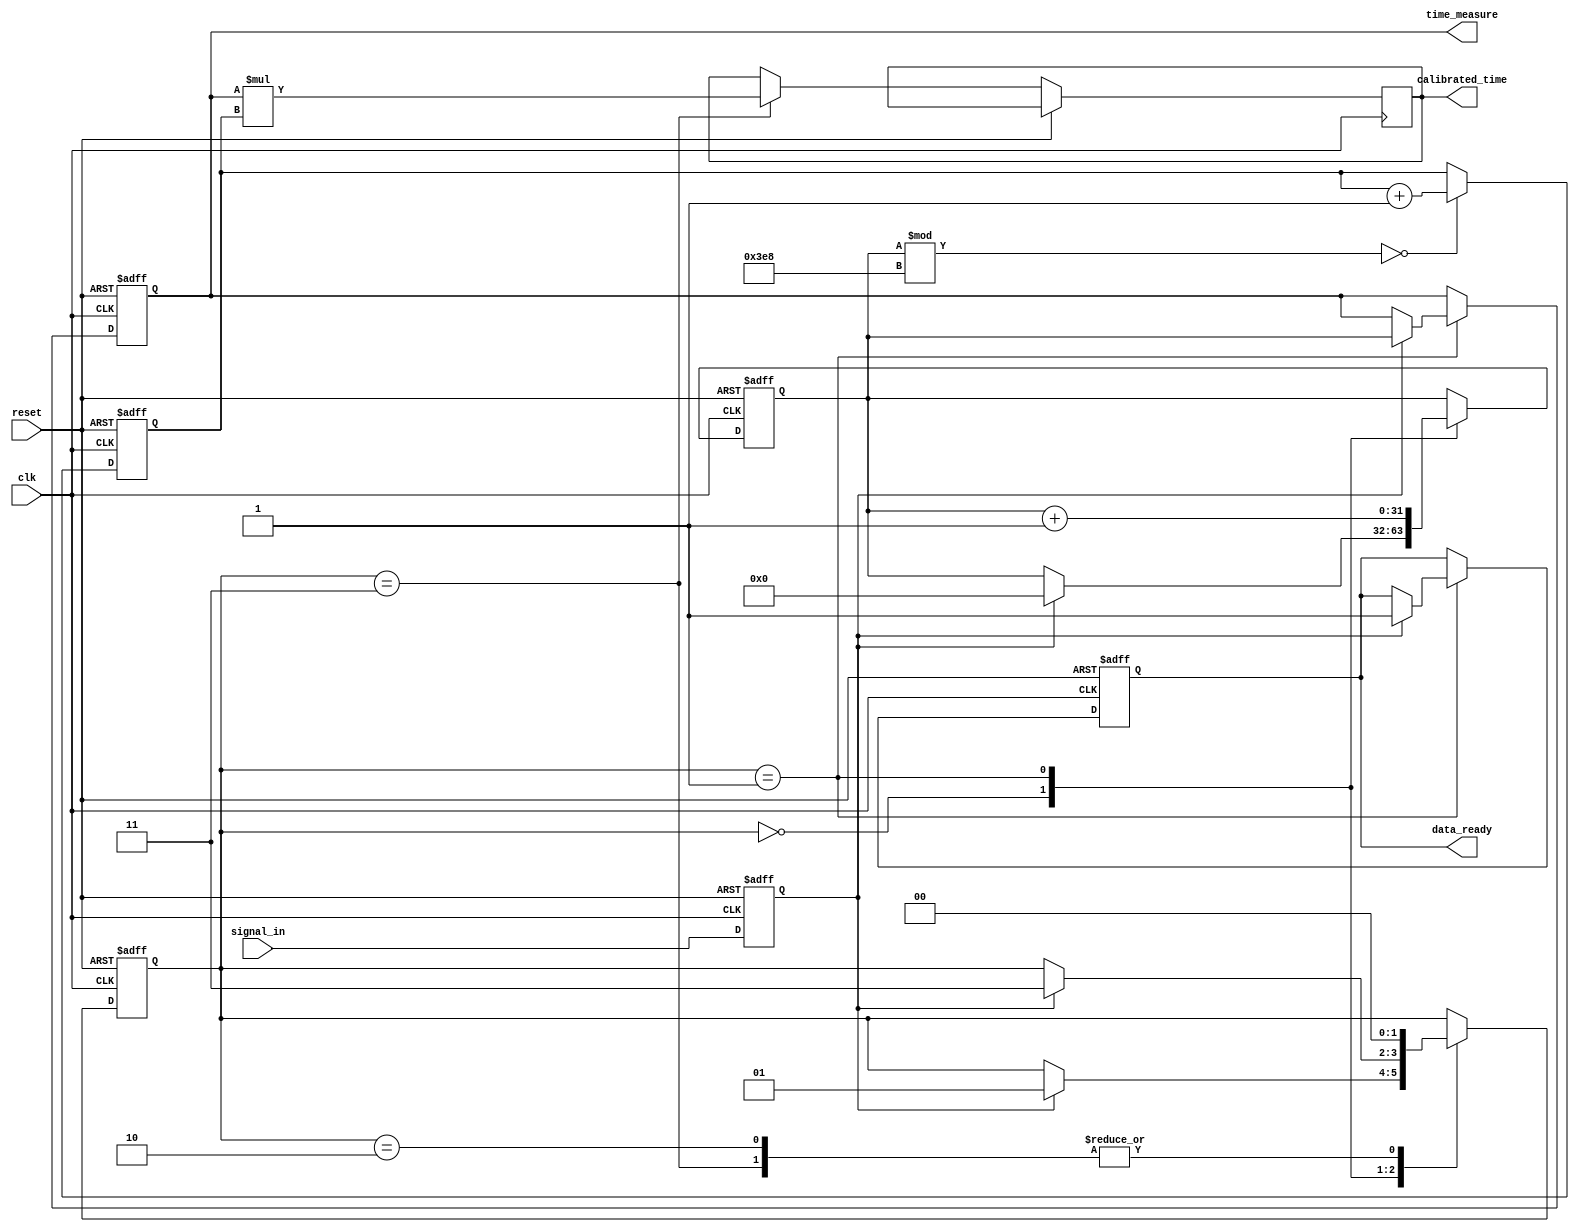
module TDC (
    input wire clk,                // System clock
    input wire reset,              // Reset signal
    input wire signal_in,          // Input signal for time measurement
    output reg [31:0] time_measure, // Measured time interval
    output reg [31:0] calibrated_time, // Calibrated time output
    output reg data_ready          // Data ready signal
);

// Parameters
parameter CLOCK_FREQ = 100_000_000; // Example clock frequency
parameter CALIBRATION_INTERVAL = 1000; // Calibration interval in clock cycles

// Internal signals
reg [31:0] counter;                // High-resolution counter
reg [31:0] calibration_coeff;      // Calibration coefficient
reg [31:0] calibration_memory [0:255]; // Calibration memory
reg [31:0] data_memory [0:255];    // Data memory
reg [7:0] data_index;              // Index for data memory
reg edge_detected;                 // Edge detection flag
reg [1:0] state;                   // State machine for control logic

// State machine states
localparam IDLE = 2'b00;
localparam MEASURE = 2'b01;
localparam CALIBRATE = 2'b10;
localparam OUTPUT = 2'b11;

// Edge detection logic
always @(posedge clk or posedge reset) begin
    if (reset) begin
        edge_detected <= 0;
    end else begin
        edge_detected <= signal_in; // Simple edge detection
    end
end

// Counter and measurement logic
always @(posedge clk or posedge reset) begin
    if (reset) begin
        counter <= 0;
        time_measure <= 0;
        data_index <= 0;
        data_ready <= 0;
        state <= IDLE;
    end else begin
        case (state)
            IDLE: begin
                if (edge_detected) begin
                    state <= MEASURE;
                    counter <= 0; // Reset counter on edge detection
                end
            end
            
            MEASURE: begin
                counter <= counter + 1; // Increment counter
                if (edge_detected) begin
                    time_measure <= counter; // Capture time measurement
                    data_memory[data_index] <= time_measure; // Store in data memory
                    data_index <= data_index + 1;
                    data_ready <= 1; // Indicate data is ready
                    state <= OUTPUT; // Move to output state
                end
            end
            
            OUTPUT: begin
                // Output calibrated time (for simplicity, just use raw time)
                calibrated_time <= time_measure * calibration_coeff; // Apply calibration
                state <= IDLE; // Go back to idle
            end
            
            CALIBRATE: begin
                // Calibration logic (not implemented in this example)
                state <= IDLE; // Go back to idle after calibration
            end
            
            default: state <= IDLE; // Default case
        endcase
    end
end

// Calibration logic (simplified)
always @(posedge clk or posedge reset) begin
    if (reset) begin
        calibration_coeff <= 1; // Default calibration coefficient
    end else if (counter % CALIBRATION_INTERVAL == 0) begin
        // Update calibration coefficient based on some criteria
        calibration_coeff <= calibration_coeff + 1; // Example increment
    end
end

endmodule